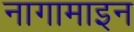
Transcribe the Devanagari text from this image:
नागामाइन